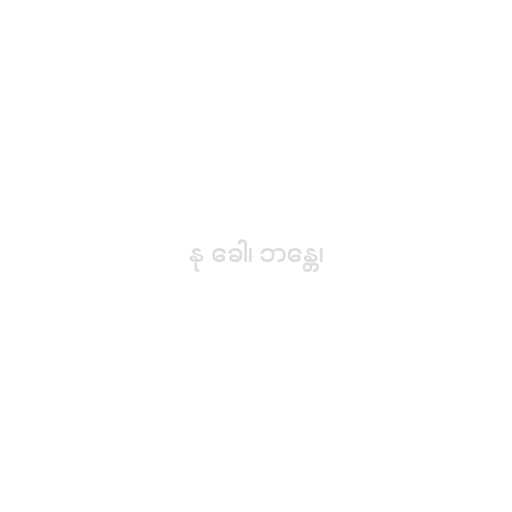
နု ခေါ၊ ဘန္တေ၊